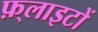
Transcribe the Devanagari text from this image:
फ़्लाइटों